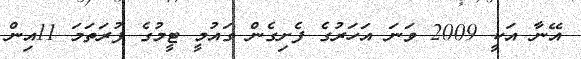
އޭނާ އަކީ 2009 ވަނަ އަހަރުގެ ފެށިގެން ގައުމީ ޓީމުގެ ފުރަތަމަ 11އިން